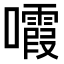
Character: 𡄟